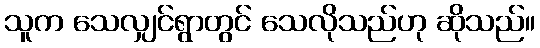
သူက သေလျှင်ရွာတွင် သေလိုသည်ဟု ဆိုသည်။